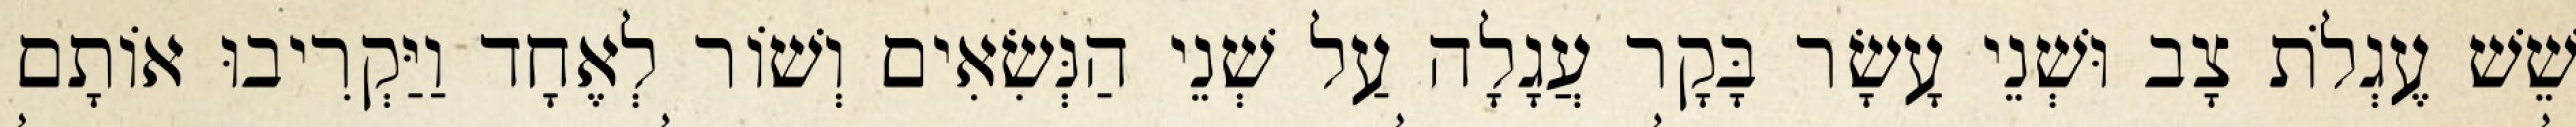
שֵׁשׁ עֶגְלֹת צָב וּשְׁנֵי עָשָׂר בָּקָר עֲגָלָה עַל שְׁנֵי הַנְּשִׂאִים וְשׁוֹר לְאֶחָד וַיַּקְרִיבוּ אוֹתָם